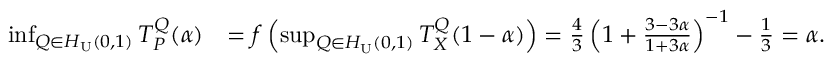
\begin{array} { r l } { \operatorname* { i n f } _ { Q \in H _ { \mathrm { U } } ( 0 , 1 ) } T _ { P } ^ { Q } ( \alpha ) } & { = f \left( \operatorname* { s u p } _ { Q \in H _ { \mathrm { U } } ( 0 , 1 ) } T _ { X } ^ { Q } ( 1 - \alpha ) \right) = \frac { 4 } { 3 } \left( 1 + { \frac { 3 - 3 \alpha } { 1 + 3 \alpha } } \right) ^ { - 1 } - \frac { 1 } { 3 } = \alpha . } \end{array}